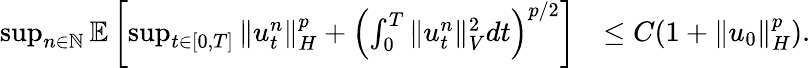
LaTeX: \begin{array}{rl}{\operatorname*{sup}_{n\in\mathbb{N}}\mathbb{E}\left[\operatorname*{sup}_{t\in[0,T]}\| u_{t}^{n}\| _{H}^{p}+\left(\int_{0}^{T}\| u_{t}^{n}\| _{V}^{2}dt\right)^{p/2}\right]}&{\leq C(1+\| u_{0}\| _{H}^{p}).}\end{array}